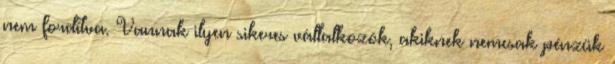
nem fordítva. Vannak ilyen sikeres vállalkozók, akiknek nemcsak pénzük